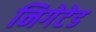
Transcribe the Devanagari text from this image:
निगेटेड